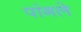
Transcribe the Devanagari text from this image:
पांगले